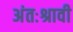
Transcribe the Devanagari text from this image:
अंतःश्रावी